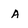
Character: A